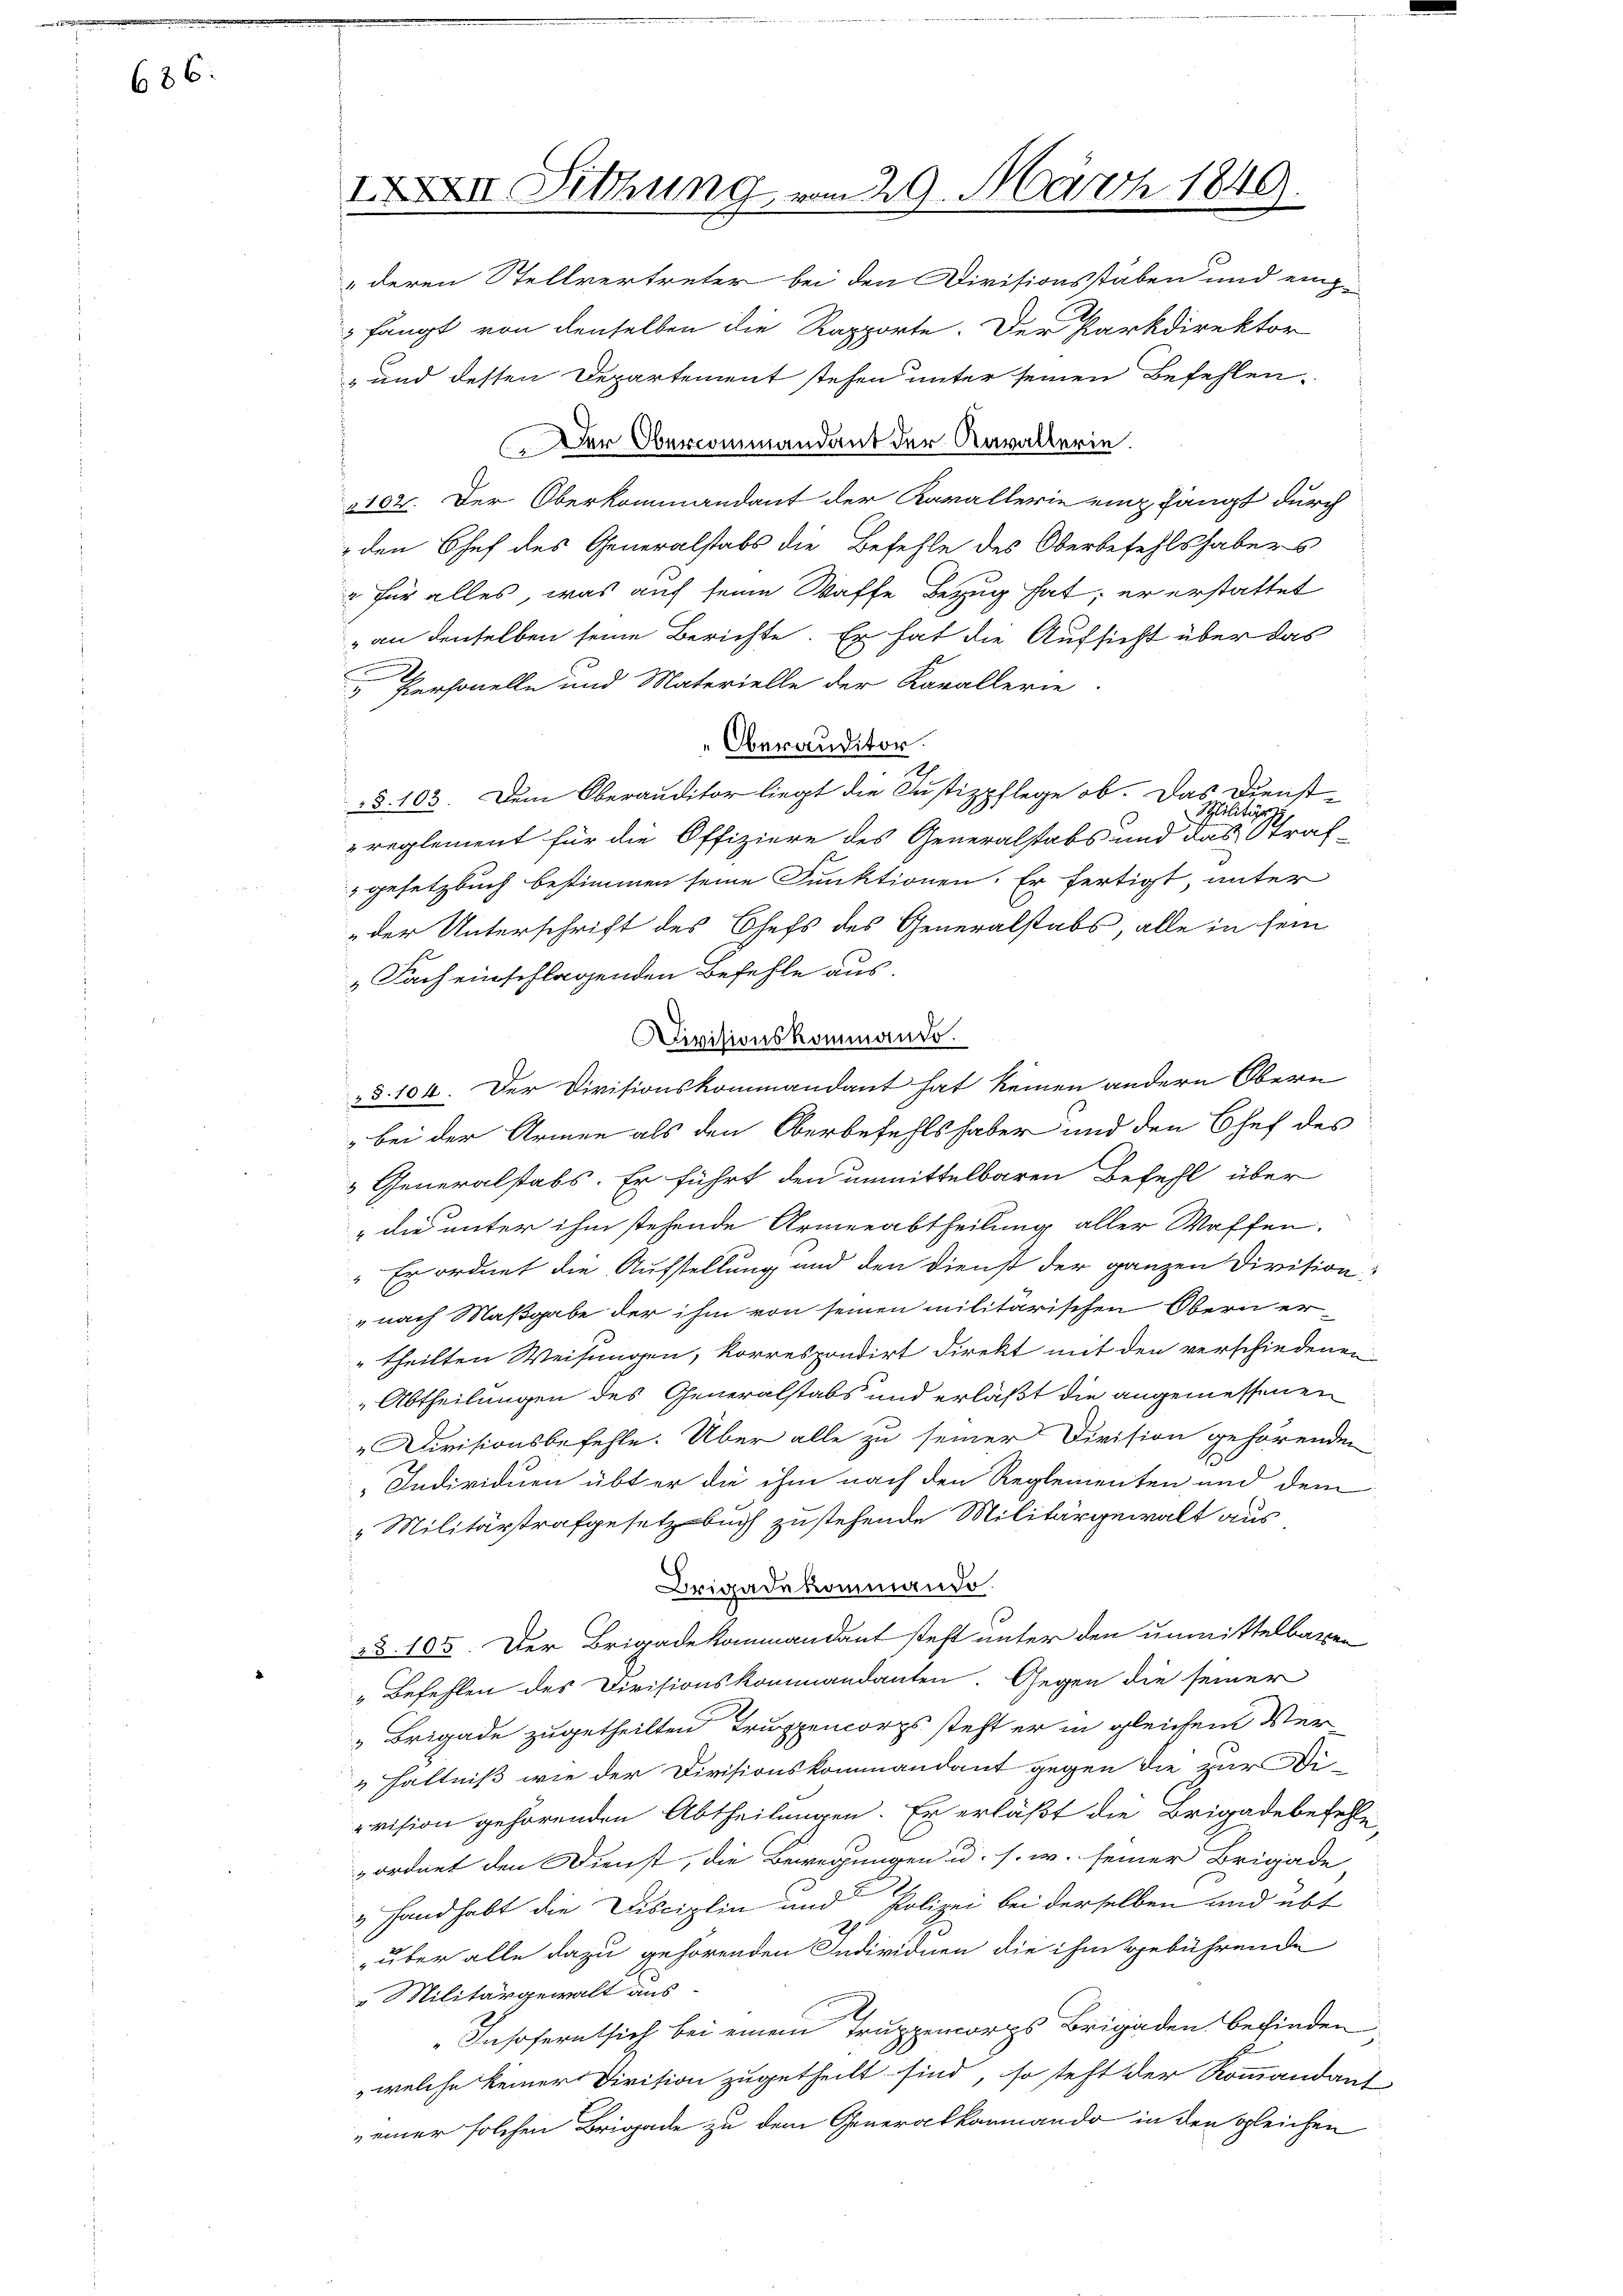
686.

IXXII Sitzung vom 29. März 1849.

deren Stellvertreter bei den Divisionsstaben und einz
 fängt von denselben die Rapporte. Der Parkdirektor
" und dessen Departement stehen unter seinen Befehlen.
Der Obercommandant der Kavallerie.
102. Der Oberkommandant der Kavallerie einz fängt durch
den Chef des Generalstabs die Befehle des Oberbefehlshabers
" für alles, was auch seine Waffe Bezug hat; er erstattet
 an denselben seine Berichte. Er hat die Aufsicht über das

 Personelle und Materielle der Kavallerie
Oberauditor
§. 103. Dem Oberauditor liegt die Justizpflege ob. Das Dienst-
Militär
reglement für die Offiziere des Generalstabs und das Straf-
gesetzbuch bestimmen seine Funktionen. Er fertigt, unter
der Unterschrift des Chefs des Generalstabs, alle in sein
„Fach einschlagenden Befehle aus.
Divisionskommando.
§. 104. Der Divisionskommandant hat keinen andern Obern
bei der Armen als den Oberbefehlshaber und den Chef des
 Generalstabs. Er führt den unmittelbaren Befehl über
" die unter ihm stehende Armenabtheilung aller Waffen.
"Er ordnet die Aufstellung und den Dienst der ganzen Divisions
nach Maßgabe der ihm von seinen militärischen Obern er-
" theilten Weisungen, korrespondirt direkt mit den verschiedenen
„Abtheilungen des Generalstabs und erläßt die angemessenen
Divisionsbefehle. Über alle zu seiner Division gehörenden
Individuen übter die ihm nach den Reglementen und dem
 Militärstrafgesetzbuch zustehende Militärgewalt aus
Brigadekommando.
23. 105. Der Brigadekommandant steht unter den unmittelbaren
„Befehlen des Divisionskommandanten. Gegen die seiner
"Brigade zugetheilten Truppencorps steht er in gleichem Ver¬
 hältniß wie der Divisionskommandant gegen die zur Dievision gehörenden Abtheilungen. Er erläßt die Brigadebefehle,
ordnet den Dienst, die Bewegungen u. s. w. seiner Brigade
 Handhabt die Disciplin und Polizei bei derselben und übt
über alle dazu gehörenden Individuen die ihm gebührende
Militärgewalt aus
Insofernt sich bei einem Truppenorgs Brigaden befinden
welche keiner Division zugetheilt sind, so steht der Kommandant
einer solchen Brigade zu dem Generalkommando in den gleichen